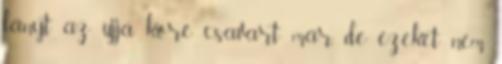
lányt az ujja köré csavart már, de ezeket nem